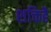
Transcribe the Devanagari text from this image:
शक्तिहै